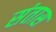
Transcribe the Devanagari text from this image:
संतास